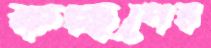
কচ্ছপের